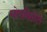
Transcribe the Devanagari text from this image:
सोपविलेले